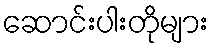
ဆောင်းပါးတိုများ